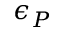
\epsilon _ { P }